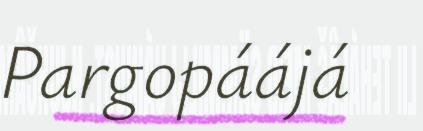
Pargopáájá